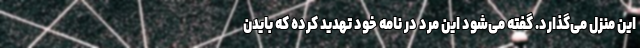
این منزل می‌گذارد. گفته می‌شود این مرد در نامه خود تهدید کرده که بایدن